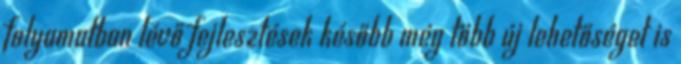
folyamatban lévő fejlesztések később még több új lehetőséget is